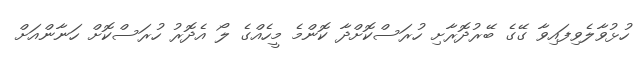
ހުޅުވާލެވިފައިވާ ގޭގެ ބޭރުދޮރާށި ހުރަސްކޮށްދާ ކޮންމެ މީހެއްގެ ލޯ އެދޮރު ހުރަސްކޮށް ހަނާންއަށް